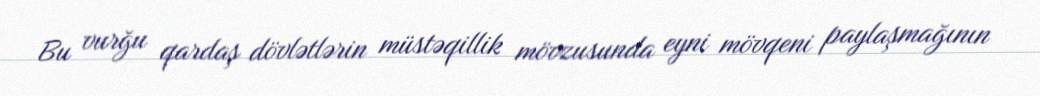
Bu vurğu qardaş dövlətlərin müstəqillik mövzusunda eyni mövqeni paylaşmağının